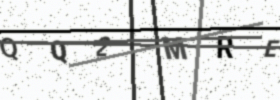
Text: QQ2MRE